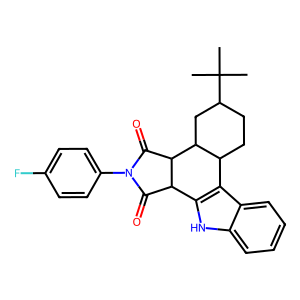
SMILES: CC(C)(C)C1CCC2c3c([nH]c4ccccc34)C3C(=O)N(c4ccc(F)cc4)C(=O)C3C2C1
Inhibits HIV replication: No